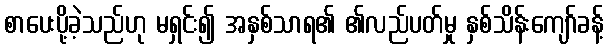
စာပေးပို့ခဲ့သည်ဟု မရှင်း၍ အနှစ်သာရ၏ ၏လည်ပတ်မှု နှစ်သိန်းကျော်ခန့်